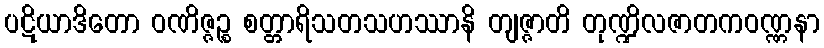
ပဋိယာဒိတော ဝဏိဇ္ဇဉ္စ စတ္တာရိသတသဟဿာနိ တျဇ္ဇာတိ တုဏ္ဍိလဇာတကဝဏ္ဏနာ